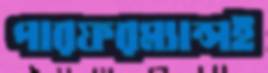
পারফরম্যান্সই